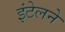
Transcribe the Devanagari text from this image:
इंटेलने